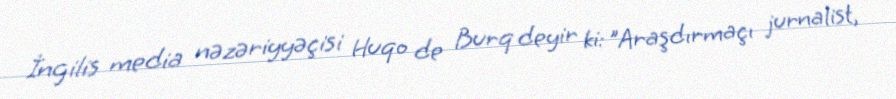
İngilis media nəzəriyyəçisi Huqo de Burq deyir ki: "Araşdırmaçı jurnalist,